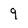
Character: 9